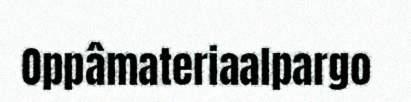
Oppâmateriaalpargo